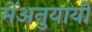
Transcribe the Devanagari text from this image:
मेंअनुयायी